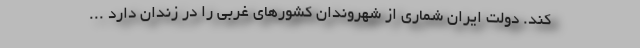
کند. دولت ایران شماری از شهروندان کشورهای غربی را در زندان دارد ...